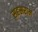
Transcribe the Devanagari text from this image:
सहस्रराम